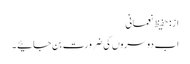
از: حفیظ نعمانی
اب دوسروں کی ضرورت بن جائیے ۔